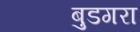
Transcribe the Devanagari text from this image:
बुडगरा